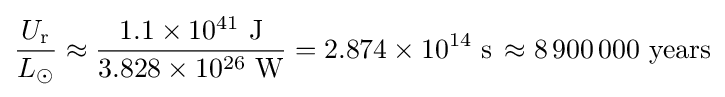
{\frac {U_{\text{r}}}{L_{\odot }}}\approx {\frac {1.1\times 10^{41}~{\text{J}}}{3.828\times 10^{26}~{\text{W}}}}=2.874\times 10^{14}~\mathrm {s} \,\approx 8\,900\,000~{\text{years}}